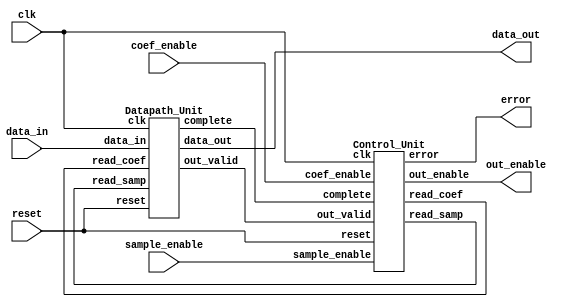

`timescale 1ns/10ps
`define N 5

module fir(data_out, out_enable, data_in, sample_enable, coef_enable, error, clk, reset);

	/* States of the FIR filter. */
	parameter s_reset 	= 2'b00;
	parameter s_coeff 	= 2'b01;
	parameter s_filter 	= 2'b10;
	parameter s_error 	= 2'b11;
	/* Ouput data in 16 bit unsigned integer representation. */
	output [15:0] data_out;
	/* data_out is valid when out_enable is high.*/
	output out_enable;

	/* If the coef_enable signal not valid for 'N' consecutive clock
	* cycles, the error signal is asserted till the filter is reseted. */
	output error;
	/* Input data or coefficient in 8 bits unsigned integer representation. */
	input [7:0] data_in;
	/* A new data sample is on the data_in port when sample_enable is high. 
	 */
	input sample_enable;
	/* A new coef is on the data_in port when coef_enable is high. 
	 */
	input coef_enable;
	/* Clock */
	input clk;
	/* Reset */
	input reset;
        wire read_coef,read_samp,complete;
	Control_Unit M0(read_coef,read_samp,error,out_enable,sample_enable,coef_enable,clk,reset,complete,out_valid);
        Datapath_Unit M1(data_out,out_valid,complete,data_in,clk,reset,read_coef,read_samp);	
endmodule

module Datapath_Unit(
       output reg [15:0] data_out,
       output reg out_valid,complete,
       input [7:0] data_in,
       input clk,reset,read_coef,read_samp
);
reg[7:0] h[0:4];/*coefficient registers*/
reg[15:0] sample_his[0:3];/*sampling history registers*/
reg[2:0] i,j;


/*read the latest input and generate data out*/
always@(*)
  data_out=sample_his[3]*h[4]+sample_his[2]*h[3]+sample_his[1]*h[2]+sample_his[0]*h[1]+h[0]*data_in;
/*The sample_his stores previous data. For instance sample_his[3]=x[n-4] */



always@(posedge clk or negedge reset)
if(~reset) begin/*reset the sampling history and coefficient registers*/
h[0]<=0;
h[1]<=0;
h[2]<=0;
h[3]<=0;
h[4]<=0;
sample_his[0]<=0;
sample_his[1]<=0;
sample_his[2]<=0;
sample_his[3]<=0;
i<=0;
j<=0;

end
/*read the coefficients and store in regesters.complete=1 when all five numbers are stored */
else begin
  if(read_coef) begin
      complete<=0;
      h[i]<=data_in;
      if(i<4) i<=i+1;
      else begin i<=0;complete<=1;end
  end

/*read the current input and calculate the sum of products*/

  if(read_samp) begin
      sample_his[0]<=data_in;
      sample_his[1]<=sample_his[0];
      sample_his[2]<=sample_his[1];
      sample_his[3]<=sample_his[2];

      end
  
end

endmodule 


module Control_Unit (
output reg read_coef,read_samp,error,out_enable,
input sample_enable,coef_enable,clk,reset,complete,out_valid
);
parameter s_reset 	= 2'b00;
parameter s_coeff 	= 2'b01;
parameter s_filter 	= 2'b10;
parameter s_error 	= 2'b11;

reg[1:0] state,nextstate;
always@(posedge clk or negedge reset)
 if(~reset) state<=s_reset; else state<=nextstate;

always@(reset,sample_enable,coef_enable,state,out_valid,clk)begin
read_coef=0;
read_samp=0;
error=0;
nextstate=s_reset;
out_enable=0;
/**/


case(state)
   s_reset: begin
            if(coef_enable&&(!sample_enable))begin nextstate=s_coeff; read_coef=1;end
            else if(sample_enable) begin nextstate=s_error;error=1;end
            end

   s_coeff: begin
              if(coef_enable&&sample_enable) begin nextstate=s_error;error=1; end
              else if(coef_enable) begin nextstate=s_coeff;read_coef=1;end
              else if(!coef_enable&&complete) begin nextstate=s_filter;
                           if(sample_enable) begin read_samp=1;out_enable=1;end
                       end
              else if(!coef_enable&&(!complete)) begin error=1;nextstate=s_error;end
            end

   s_filter:begin
            out_enable=1;
            if(sample_enable&&(!coef_enable)) begin read_samp=1;nextstate=s_filter;end
            else if(sample_enable&&coef_enable) begin nextstate=s_error;error=1;end
            else if(!sample_enable&&!coef_enable) nextstate=s_filter;
            else if((!sample_enable)&&coef_enable) begin nextstate=s_coeff;read_coef=1;end
            end

   s_error: begin
            nextstate<=s_error;
            error=1;
            end
endcase
end
endmodule